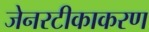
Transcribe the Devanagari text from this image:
जेनरटीकाकरण